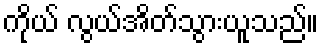
ကိုယ် လွယ်အိတ်သွားယူသည်။